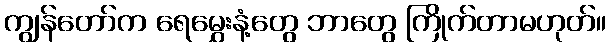
ကျွန်တော်က ရေမွှေးနံ့တွေ ဘာတွေ ကြိုက်တာမဟုတ်။